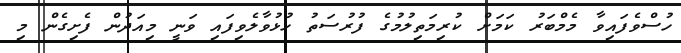
ހުސްވެފައިވާ މެމްބަރު ކަމަށް ކުރިމަތިލުމުގެ ފުރުސަތު ހުޅުވާލެވިފައި ވަނީ މިއަދުން ފެށިގެން މި